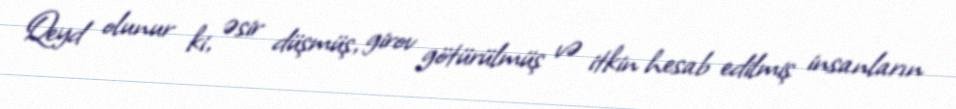
Qeyd olunur ki, əsir düşmüş, girov götürülmüş və itkin hesab edilmiş insanların